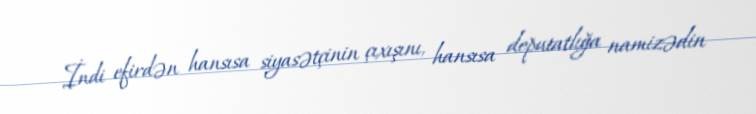
İndi efirdən hansısa siyasətçinin çıxışını, hansısa deputatlığa namizədin